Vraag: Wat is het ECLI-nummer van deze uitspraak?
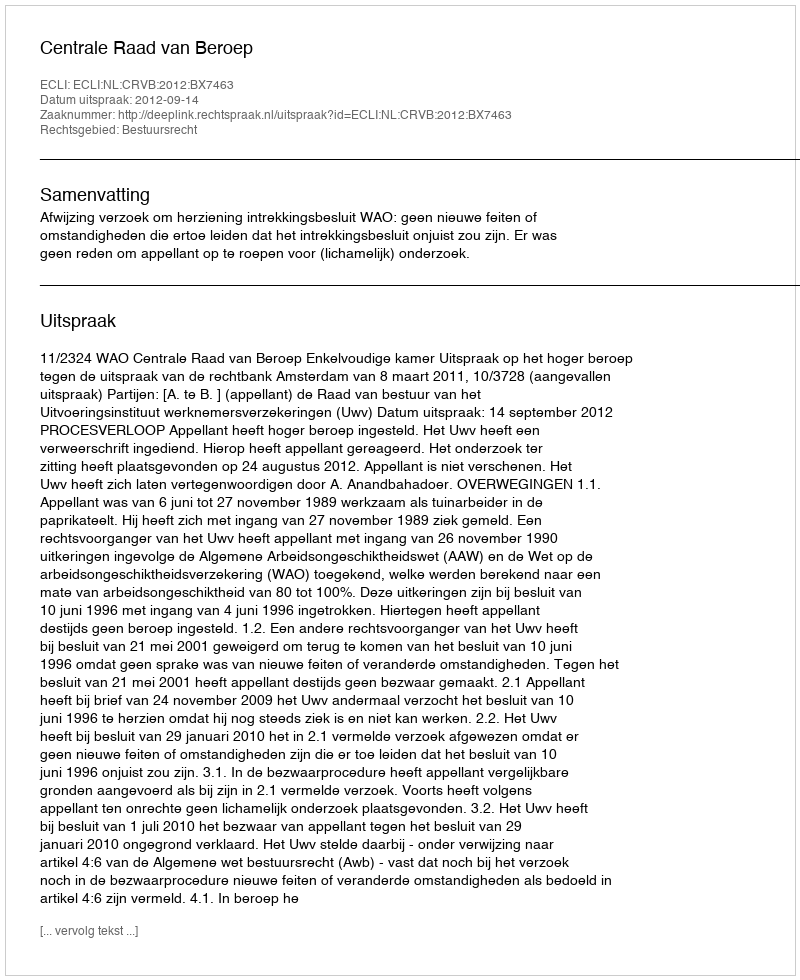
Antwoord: ECLI:NL:CRVB:2012:BX7463